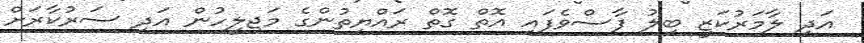
އަދި ލާމަރުކަޒީ ބިލު ފާސްވެފައި އޮތް ގޮތް ރައްޔިތުންގެ މަޖިލީހުން އަދި ސަރުކާރަށް